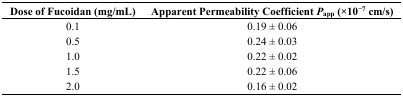
| Dose of Fucoidan (mg/mL) | Apparent Permeability CoefficientPapp (×10−7 cm/s) |
 | --- | --- |
 | 0.1 | 0.19 ± 0.06 |
 | 0.5 | 0.24 ± 0.03 |
 | 1.0 | 0.22 ± 0.02 |
 | 1.5 | 0.22 ± 0.06 |
 | 2.0 | 0.16 ± 0.02 |